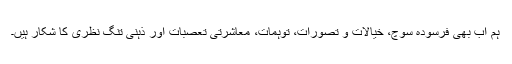
ہم اب بھی فرسودہ سوچ، خیالات و تصورات، توہمات، معاشرتی تعصبات اور ذہنی تنگ نظری کا شکار ہیں۔